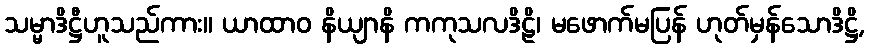
သမ္မာဒိဋ္ဌီဟူသည်ကား။ ယာထာဝ နိယျာနိ ကကုသလဒိဠိ၊ မဖောက်မပြန် ဟုတ်မှန်သောဒိဋ္ဌိ,